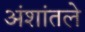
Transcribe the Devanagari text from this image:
अंशांतले